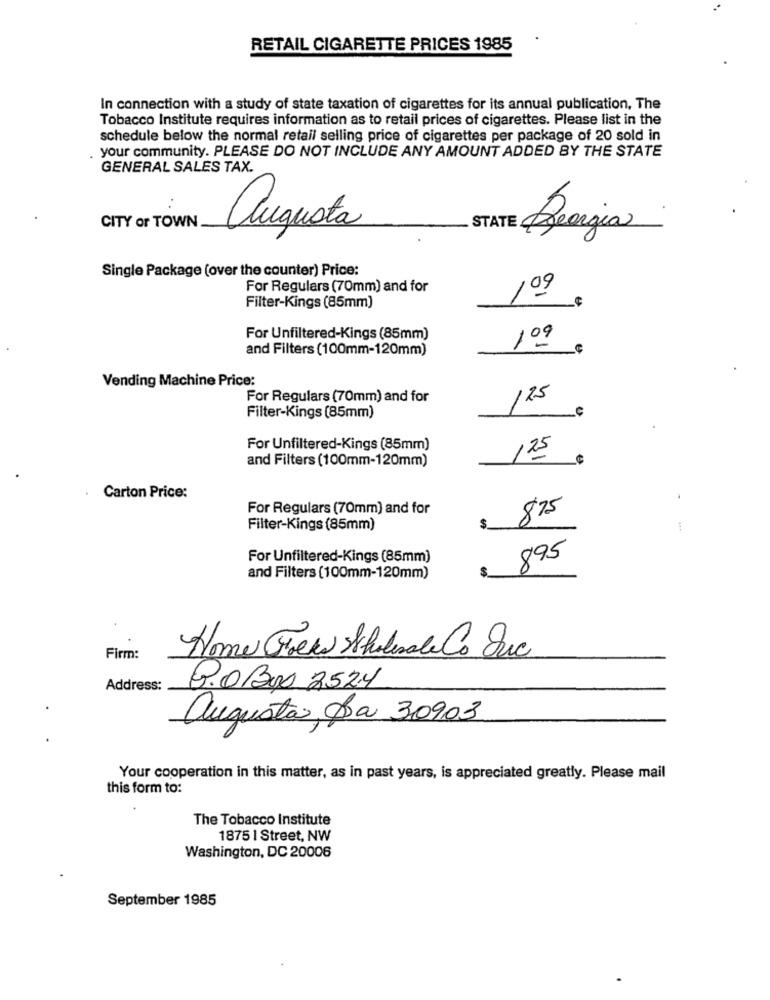
RETAIL CIGARETTE PRICES 1985
In connection with a study of state taxation of cigarettes for its annual publication, The
Tobacco Institute requires information as to retail prices of cigarettes. Please list in the
schedule below the normal retail selling price of cigarettes per package of 20 sold in
your community. PLEASE DO NOT INCLUDE ANY AMOUNT ADDED BY THE STATE
GENERAL SALES TAX.
CITY or TOWN
augusta
Bearzia
Single Package (over the counter) Price:
For Regulars (70mm) and for
109
Filter-Kings (85mm)
For Unfiltered-Kings (85mm)
109
and Filters (100mm-120mm)
Vending Machine Price:
For Regulars (70mm) and for
125
Filter-Kings (85mm)
For Unfiltered-Kings (85mm)
and Filters (100mm-120mm)
125
.
Carton Price:
For Regulars (70mm) and for
$75
Filter-Kings (85mm)
For Unfiltered-Kings (85mm)
895
and Filters (100mm-120mm)
Firm:
Home Grew Stulisale Co Sic
Address:
P.OBox 2524
augusta, Da 30903
Your cooperation in this matter, as in past years, is appreciated greatly. Please mail
this form to:
The Tobacco Institute
1875 1 Street, NW
Washington, DC 20006
September 1985